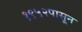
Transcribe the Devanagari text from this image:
१९५२पासून